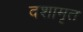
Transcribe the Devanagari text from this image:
दशामृत